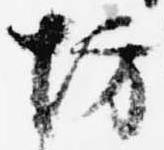
坊